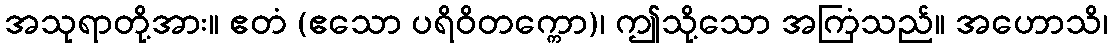
အသုရာတို့အား။ ဧတံ (ဧသော ပရိဝိတက္ကော)၊ ဤသို့သော အကြံသည်။ အဟောသိ၊